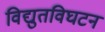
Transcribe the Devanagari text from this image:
विद्युतविघटन